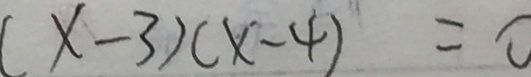
( x - 3 ) ( x - 4 ) = 0